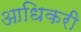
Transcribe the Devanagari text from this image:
आधिकरी